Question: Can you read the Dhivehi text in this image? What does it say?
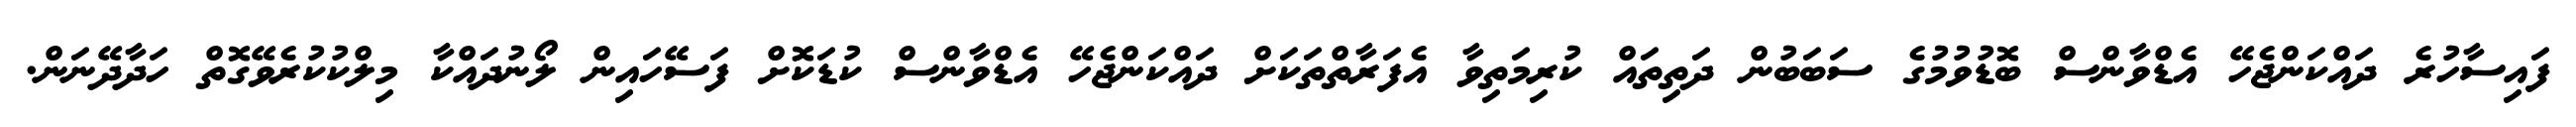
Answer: ފައިސާހުރެ ދައްކަންޖެހޭ އެޑްވާންސް ބޮޑުވުމުގެ ސަބަބުން ދަތިތައް ކުރިމަތިވާ އެފަރާތްތަކަށް ދައްކަންޖެހޭ އެޑްވާންސް ކުޑަކޮށް ފަސޭހައިން ލޯނުދައްކާ މިލްކުކުރެވޭގޮތް ހަދާދޭނަން.